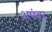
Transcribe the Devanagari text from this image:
अपंबर